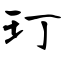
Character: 玎